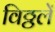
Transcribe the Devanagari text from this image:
विठ्ठलें